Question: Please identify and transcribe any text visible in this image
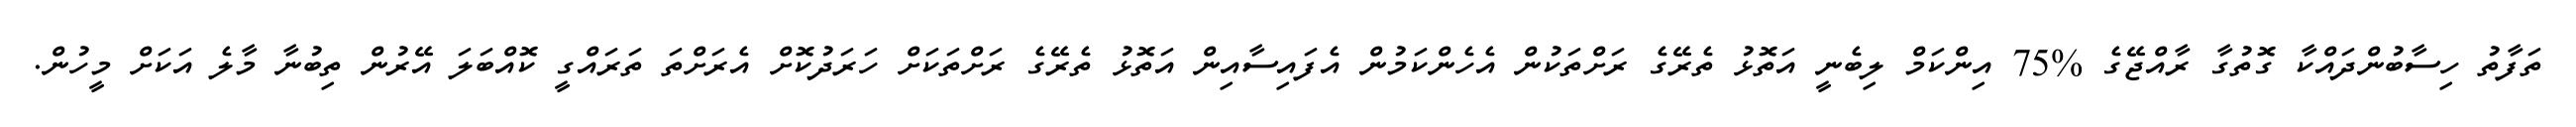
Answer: ތަފާތު ހިސާބުންދައްކާ ގޮތުގާ ރާއްޖޭގެ %75 އިންކަމް ލިބެނީ އަތޮޅު ތެރޭގެ ރަށްތަކުން އެހެންކަމުން އެފައިސާއިން އަތޮޅު ތެރޭގެ ރަށްތަކަށް ހަރަދުކޮށް އެރަށްތަ ތަރައްގީ ކޮއްބަލަ އޭރުން ތިބުނާ މާލެ އަކަށް މީހުން.